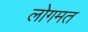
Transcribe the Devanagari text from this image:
लोगमत